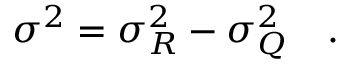
\sigma ^ { 2 } = \sigma _ { R } ^ { 2 } - \sigma _ { Q } ^ { 2 } ~ ~ ~ .